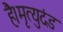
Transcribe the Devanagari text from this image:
है।मृत्युदंड